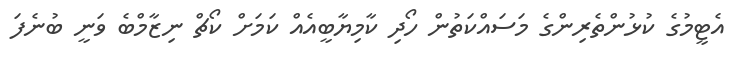
އެޓީމުގެ ކުޅުންތެރިންގެ މަސައްކަތުން ހޯދި ކާމިޔާބީއެއް ކަމަށް ކޯޗް ނިޒާމްބެ ވަނީ ބުނެފަ